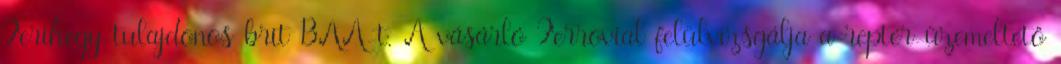
Ferihegy-tulajdonos brit BAA-t. A vásárló Ferrovial felülvizsgálja a reptér-üzemeltető